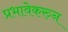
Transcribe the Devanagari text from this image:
प्रभावेकरुन